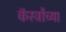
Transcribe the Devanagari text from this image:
कॅस्ट्रोंच्या